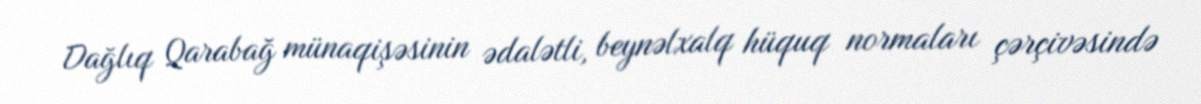
Dağlıq Qarabağ münaqişəsinin ədalətli, beynəlxalq hüquq normaları çərçivəsində